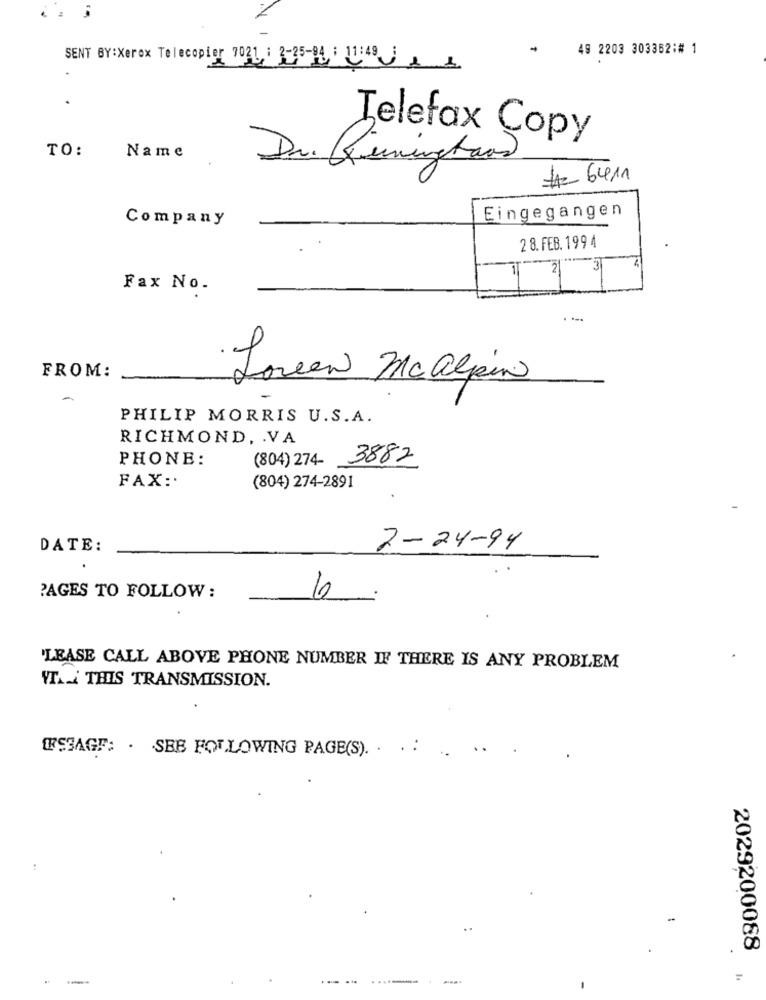
49 2203 303362:# 1
SENT BY:Xerox Telecopier 7021 : 2-25-94 : 11:48
.
Telefax Copy
TO:
Name
Dr. (Timinghans)
#6411
Company
Eingegangen
2 8. FEB. 199 4
11
3
21
Fax No.
FROM:
Loren Mcalpin
PHILIP MORRIS U.S.A.
RICHMOND, . VA
PHONE:
(804) 274-
3882
FAX :.
(804) 274-2891
DATE:
2-24-94
PAGES TO FOLLOW:
6
'LEASE CALL ABOVE PHONE NUMBER IF THERE IS ANY PROBLEM
YTA. THIS TRANSMISSION.
[SSAGF: . SEB FOLLOWING PAGE(S). . . .
..
2029200088
.. .